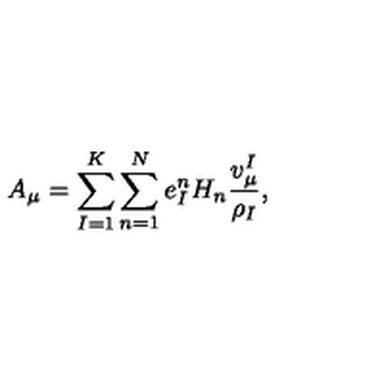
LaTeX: A _ { \mu } = \sum _ { I = 1 } ^ { K } \sum _ { n = 1 } ^ { N } e _ { I } ^ { n } H _ { n } { \frac { v _ { \mu } ^ { I } } { \rho _ { I } } } ,